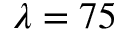
\lambda = 7 5